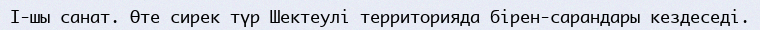
I-шы санат. Өте сирек түр Шектеулі территорияда бірен-сарандары кездеседі.